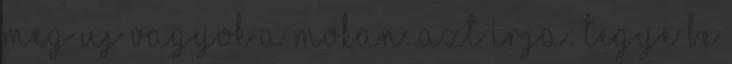
meg uj vagyok a mokan. Azt irja: tegye be